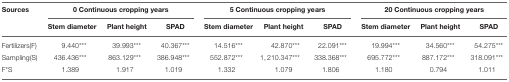
| Sources | <COLSPAN=3> 0 Continuous cropping years | <COLSPAN=3> 5 Continuous cropping years | <COLSPAN=3> 20 Continuous cropping years |
 |  | Stem diameter | Plant height | SPAD | Stem diameter | Plant height | SPAD | Stem diameter | Plant height | SPAD |
 | --- | --- | --- | --- | --- | --- | --- | --- | --- | --- |
 | Fertilizers(F) | 9.440*** | 39.993*** | 40.367*** | 14.516*** | 42.870*** | 22.091*** | 19.994*** | 34.560*** | 54.275*** |
 | Sampling(S) | 436.436*** | 863.129*** | 386.948*** | 552.872*** | 1, 210.347*** | 338.368*** | 695.772*** | 887.172*** | 318.091*** |
 | F*S | 1.389 | 1.917 | 1.019 | 1.332 | 1.079 | 1.806 | 1.180 | 0.794 | 1.011 |